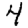
Digit: 4